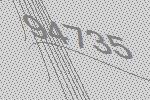
94735